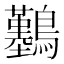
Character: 𪇼